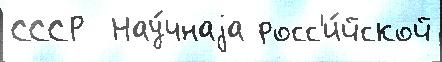
СССР  Нау́чнаjа росс'и́йской